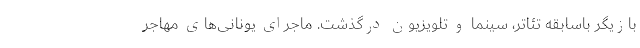
بازیگر باسابقه تئاتر، سینما و تلویزیون درگذشت. ماجرای یونانی‌های مهاجر